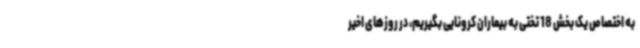
به اختصاص یک بخش 18 تختی به بیماران کرونایی بگیریم، در روزهای اخیر